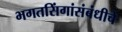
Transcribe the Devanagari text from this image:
भगतसिंगांसंबंधीचे